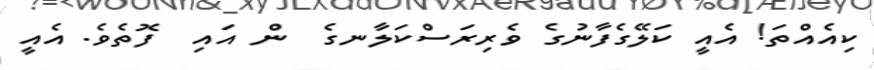
ކިއެއްތަ! އެއީ ކަލޭގެފާނުގެ ވެރިރަސްކަލާނގެ  ން އައި  ފޮތެވެ. އެއީ